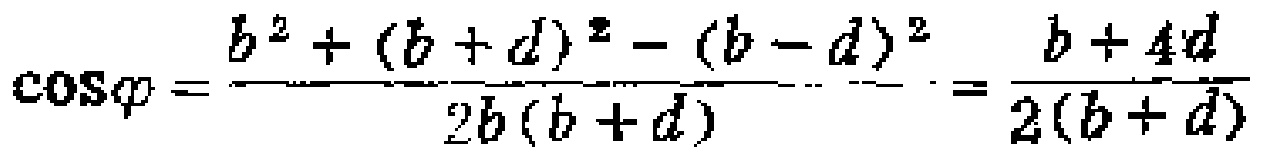
\(\cos\varphi = \frac{b^{2}+(b + d)^{2}-(b - d)^{2}}{2b(b + d)}=\frac{b + 4d}{2(b + d)}\)